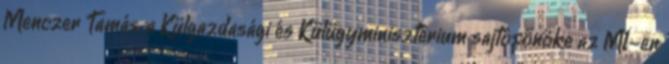
Menczer Tamás, a Külgazdasági és Külügyminisztérium sajtófőnöke az M1-en